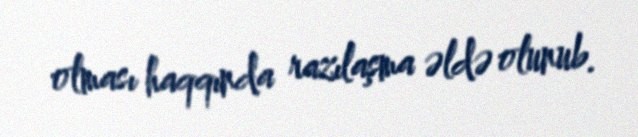
olması haqqında razılaşma əldə olunub.